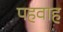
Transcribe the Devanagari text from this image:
पहवाह